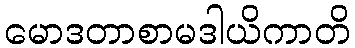
မောဒတာစာမဒါယိကာတိ